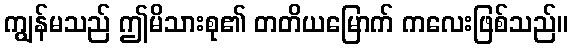
ကျွန်မသည် ဤမိသားစု၏ တတိယမြောက် ကလေးဖြစ်သည်။